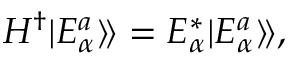
\begin{array} { r } { H ^ { \dagger } | E _ { \alpha } ^ { a } \rangle \! \rangle = E _ { \alpha } ^ { * } | E _ { \alpha } ^ { a } \rangle \! \rangle , } \end{array}